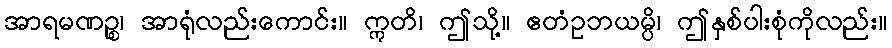
အာရမဏဉ္စ၊ အာရုံလည်းကောင်း။ ဣတိ၊ ဤသို့။ ဧတံဥဘယမ္ပိ၊ ဤနှစ်ပါးစုံကိုလည်း။